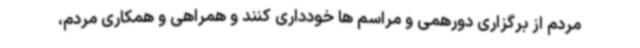
مردم از برگزاری دورهمی و مراسم ها خودداری کنند و همراهی و همکاری مردم،